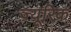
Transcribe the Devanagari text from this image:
ज़्यूरिक